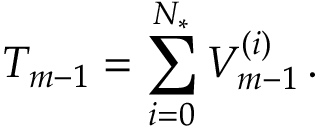
T _ { m - 1 } = \sum _ { i = 0 } ^ { { N _ { * } } } V _ { m - 1 } ^ { ( i ) } \, .